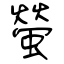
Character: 螢